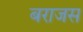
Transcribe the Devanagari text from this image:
बराजस